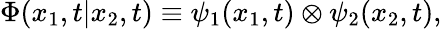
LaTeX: {\Phi}(x_{1},t|x_{2},t)\equiv{\psi}_{1}(x_{1},t)\otimes{\psi}_{2}(x_{2},t),